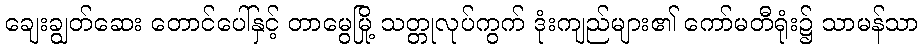
ချေးချွတ်ဆေး တောင်ပေါ်နှင့် တာမွေမြို့ သတ္တုလုပ်ကွက် ဒုံးကျည်များ၏ ကော်မတီရုံး၌ သာမန်သာ